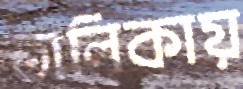
তালিকায়